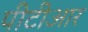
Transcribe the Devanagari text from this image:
पीटीआर